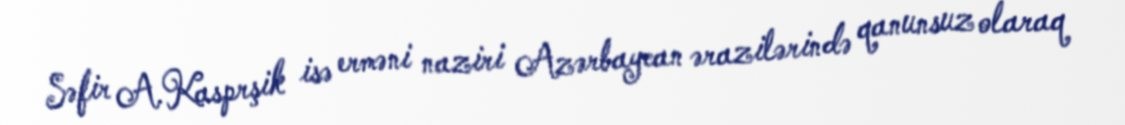
Səfir A.Kasprşik isə erməni naziri Azərbaycan ərazilərində qanunsuz olaraq